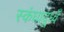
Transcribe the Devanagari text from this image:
स्कंधादूध्वँ